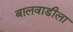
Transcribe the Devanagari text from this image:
बालवाडीला